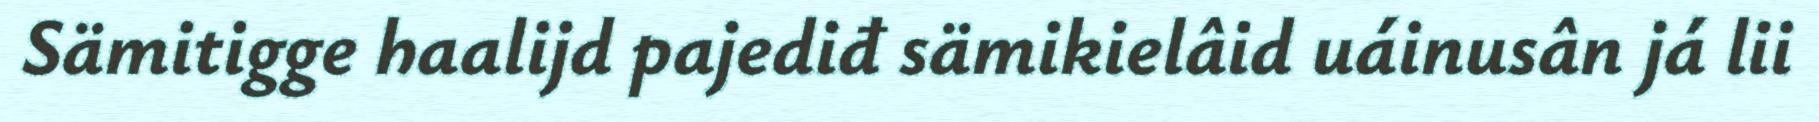
Sämitigge haalijd pajediđ sämikielâid uáinusân já lii